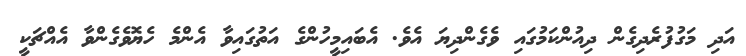
އަދި މަގުފުރެދިގެން ދިއުންކަމުގައި ވެގެންދިޔަ އެވެ. އެބައިމީހުންގެ އަތުގައިވާ އެންމެ ހެޔޮވެގެންވާ އެއްޗަކީ